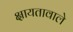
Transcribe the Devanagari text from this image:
क्षायतावाले